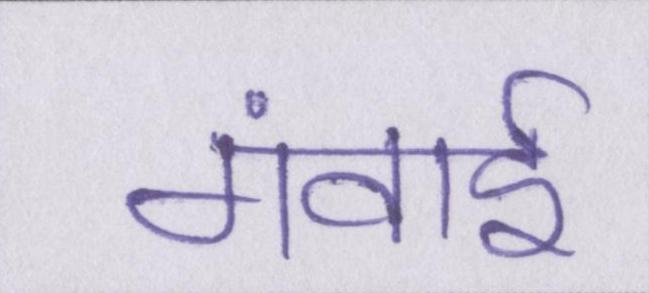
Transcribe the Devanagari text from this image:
गंवाई